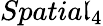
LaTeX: Spatia\mathfrak{l}_{4}